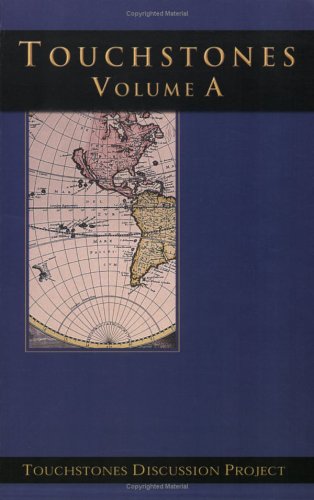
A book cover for Touchstones: Texts for Discussion, Vol. A; Teen & Young Adult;